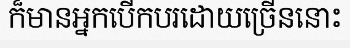
ក៏មានអ្នកបើកបរដោយច្រើននោះ